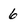
Character: 6